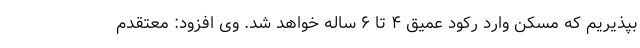
بپذیریم که مسکن وارد رکود عمیق ۴ تا ۶ ساله خواهد شد. وی افزود: معتقدم